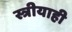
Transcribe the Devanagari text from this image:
स्त्रीयाही